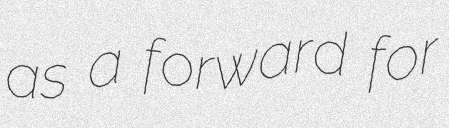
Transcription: as a forward for